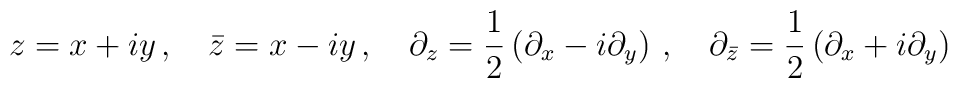
z = x + i y \, , \quad \bar z = x - i y \, , \quad \partial_z = \frac{1}{2} \left( \partial_x - i \partial_y \right) \, , \quad\partial_{\bar z} = \frac{1}{2} \left( \partial_x + i \partial_y  \right) \,